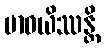
ဗာဓယိဿန္တိ